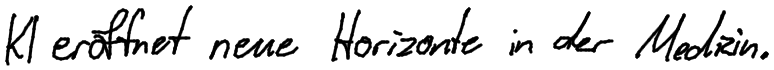
KI eröffnet neue Horizonte in der Medizin.